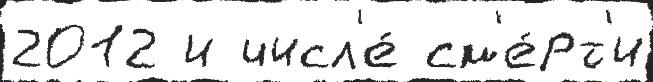
2012 и числ'е́ см'е́рт'и